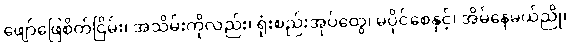
ဖျော်ဖြေစိတ်ငြိမ်း၊ အသိမ်းကိုလည်း၊ ရုံးစည်းအုပ်ထွေ၊ မပိုင်စေနှင့်၊ အိမ်နေမယ်ညို၊